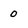
Character: 0